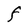
Character: F